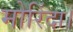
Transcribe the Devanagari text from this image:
मोरिंदा।